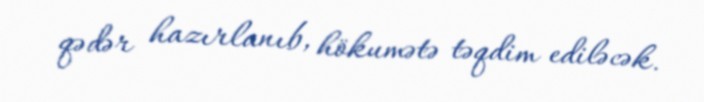
qədər hazırlanıb, hökumətə təqdim ediləcək.